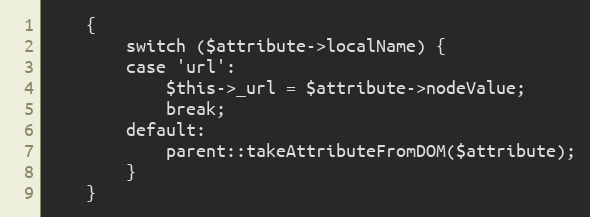
Language: PHP
    {
        switch ($attribute->localName) {
        case 'url':
            $this->_url = $attribute->nodeValue;
            break;
        default:
            parent::takeAttributeFromDOM($attribute);
        }
    }